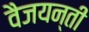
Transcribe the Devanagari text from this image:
वैजयन्‍ती